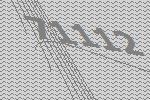
71112